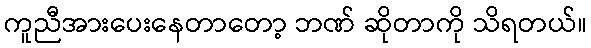
ကူညီအားပေးနေတာတော့ ဘဏ် ဆိုတာကို သိရတယ်။